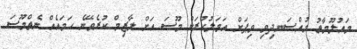
މައުލޫމާތު މުއްސަނދިވި ވިޕަށް އަމަލުކުރަން މޫސަ އަށް ލާޒިމް ކުރެވޭނެ ހަމައެއް ނެތްމޫސަ